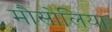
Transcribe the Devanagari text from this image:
मौसोलिया